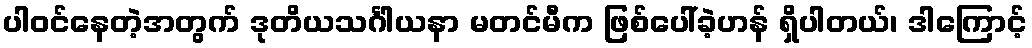
ပါဝင်နေတဲ့အတွက် ဒုတိယသင်္ဂါယနာ မတင်မီက ဖြစ်ပေါ်ခဲ့ဟန် ရှိပါတယ်၊ ဒါကြောင့်